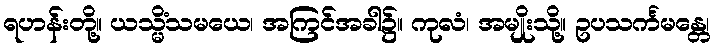
ရဟန်းတို့။ ယသ္မိံသမယေ၊ အကြင်အခါ၌။ ကုလံ၊ အမျိုးသို့။ ဥပသင်္ကမန္တေ၊